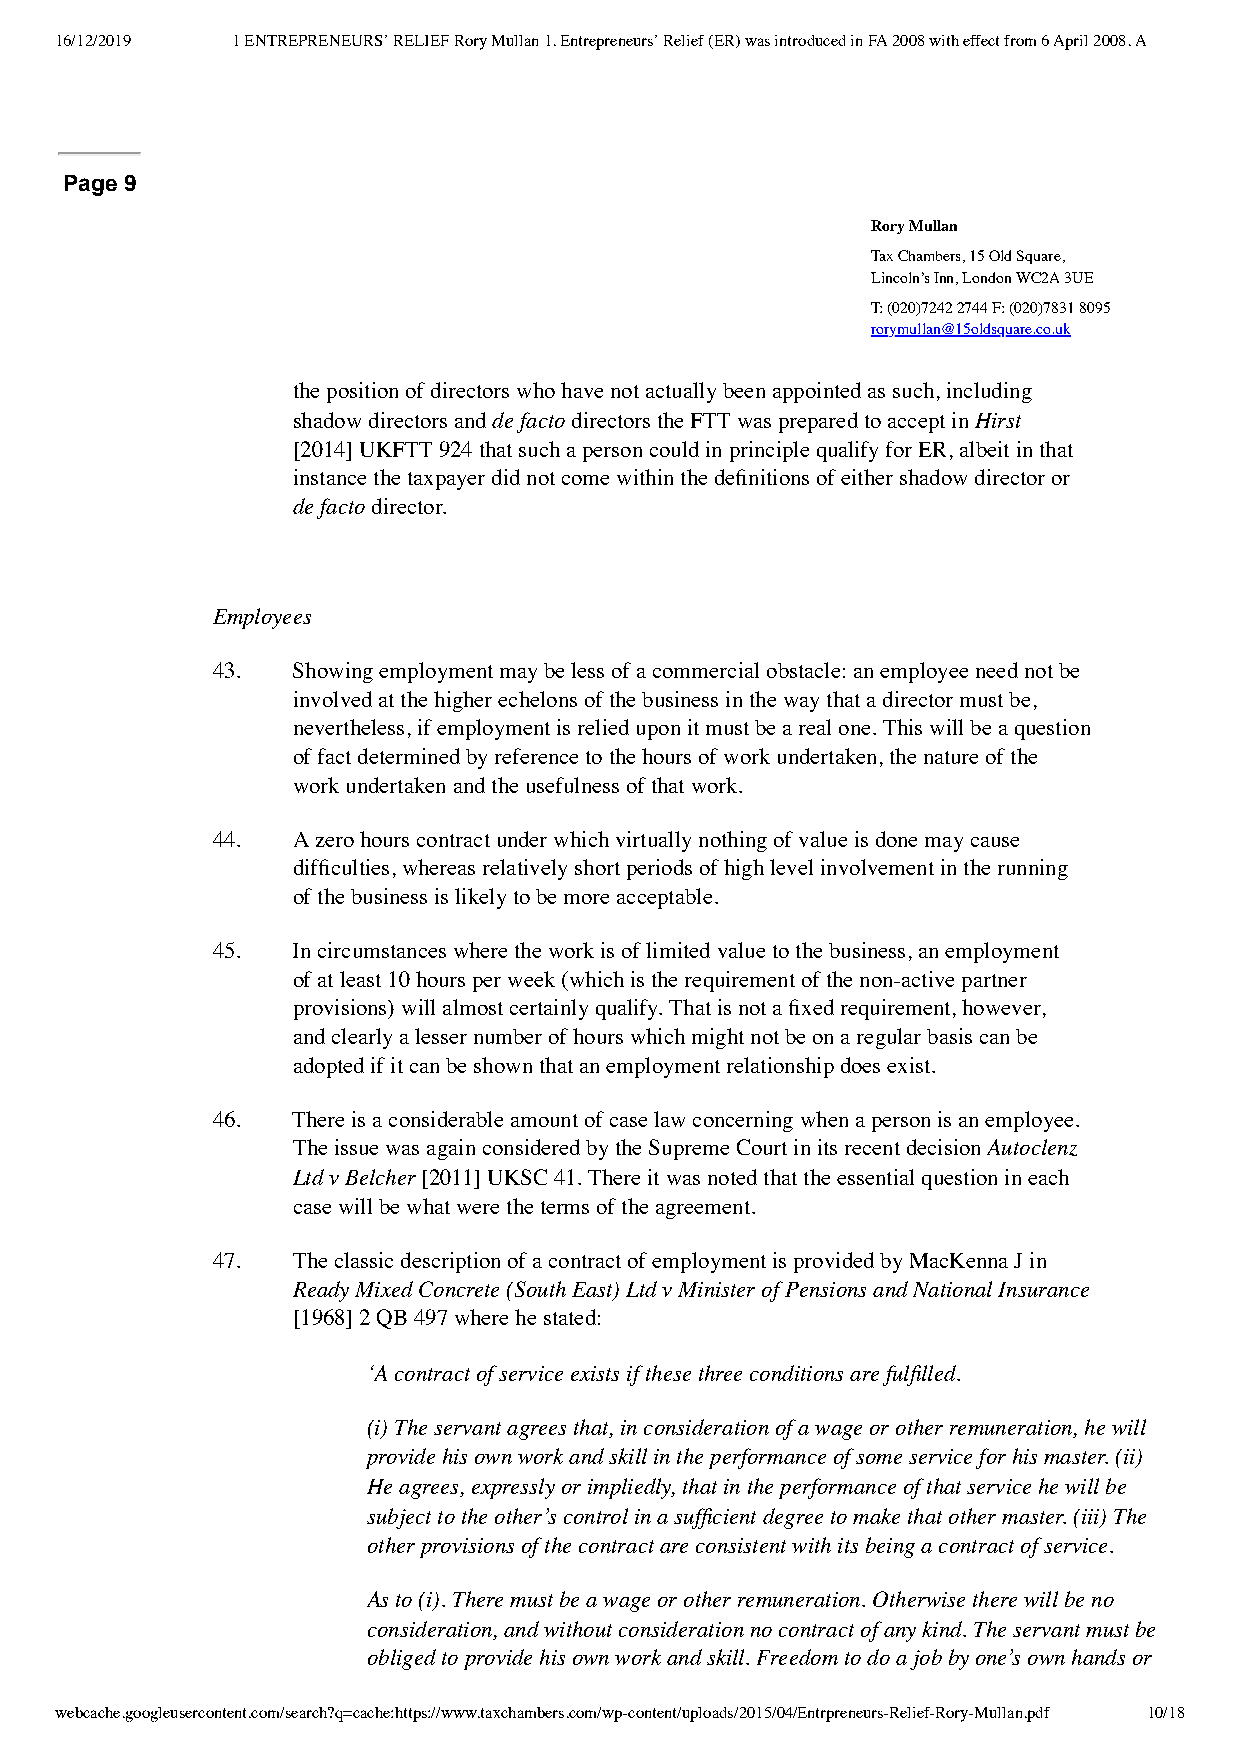
16/12/2019 1 ENTREPRENEURS’ RELIEF Rory Mullan 1. Entrepreneurs’ Relief (ER) was introduced in FA 2008 with effect from 6 April 2008. A
 Page 9
 Rory Mullan
 Tax Chambers, 15 Old Square,
 Lincoln’s Inn, London WC2A 3UE
 T: (020)7242 2744 F: (020)7831 8095
 rorymullan@15oldsquare.co.uk
 the position of directors who have not actually been appointed as such, including
 shadow directors and de facto directors the FTT was prepared to accept in Hirst
 [2014] UKFTT 924 that such a person could in principle qualify for ER, albeit in that
 instance the taxpayer did not come within the definitions of either shadow director or
 de facto director.
 Employees
 43.  Showing employment may be less of a commercial obstacle: an employee need not be
 involved at the higher echelons of the business in the way that a director must be,
 nevertheless, if employment is relied upon it must be a real one. This will be a question
 of fact determined by reference to the hours of work undertaken, the nature of the
 work undertaken and the usefulness of that work.
 44.  A zero hours contract under which virtually nothing of value is done may cause
 difficulties, whereas relatively short periods of high level involvement in the running
 of the business is likely to be more acceptable.
 45.  In circumstances where the work is of limited value to the business, an employment
 of at least 10 hours per week (which is the requirement of the non-active partner
 provisions) will almost certainly qualify. That is not a fixed requirement, however,
 and clearly a lesser number of hours which might not be on a regular basis can be
 adopted if it can be shown that an employment relationship does exist.
 46.  There is a considerable amount of case law concerning when a person is an employee.
 The issue was again considered by the Supreme Court in its recent decision Autoclenz
 Ltd v Belcher [2011] UKSC 41. There it was noted that the essential question in each
 case will be what were the terms of the agreement.
 47.  The classic description of a contract of employment is provided by MacKenna J in
 Ready Mixed Concrete (South East) Ltd v Minister of Pensions and National Insurance
 [1968] 2 QB 497 where he stated:
 ‘A contract of service exists if these three conditions are fulfilled.
 (i) The servant agrees that, in consideration of a wage or other remuneration, he will
 provide his own work and skill in the performance of some service for his master. (ii)
 He agrees, expressly or impliedly, that in the performance of that service he will be
 subject to the other’s control in a sufficient degree to make that other master. (iii) The
 other provisions of the contract are consistent with its being a contract of service.
 As to (i). There must be a wage or other remuneration. Otherwise there will be no
 consideration, and without consideration no contract of any kind. The servant must be
 obliged to provide his own work and skill. Freedom to do a job by one’s own hands or
 webcache.googleusercontent.com/search?q=cache:https://www.taxchambers.com/wp-content/uploads/2015/04/Entrpreneurs-Relief-Rory-Mullan.pdf 10/18